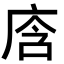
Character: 𭙞